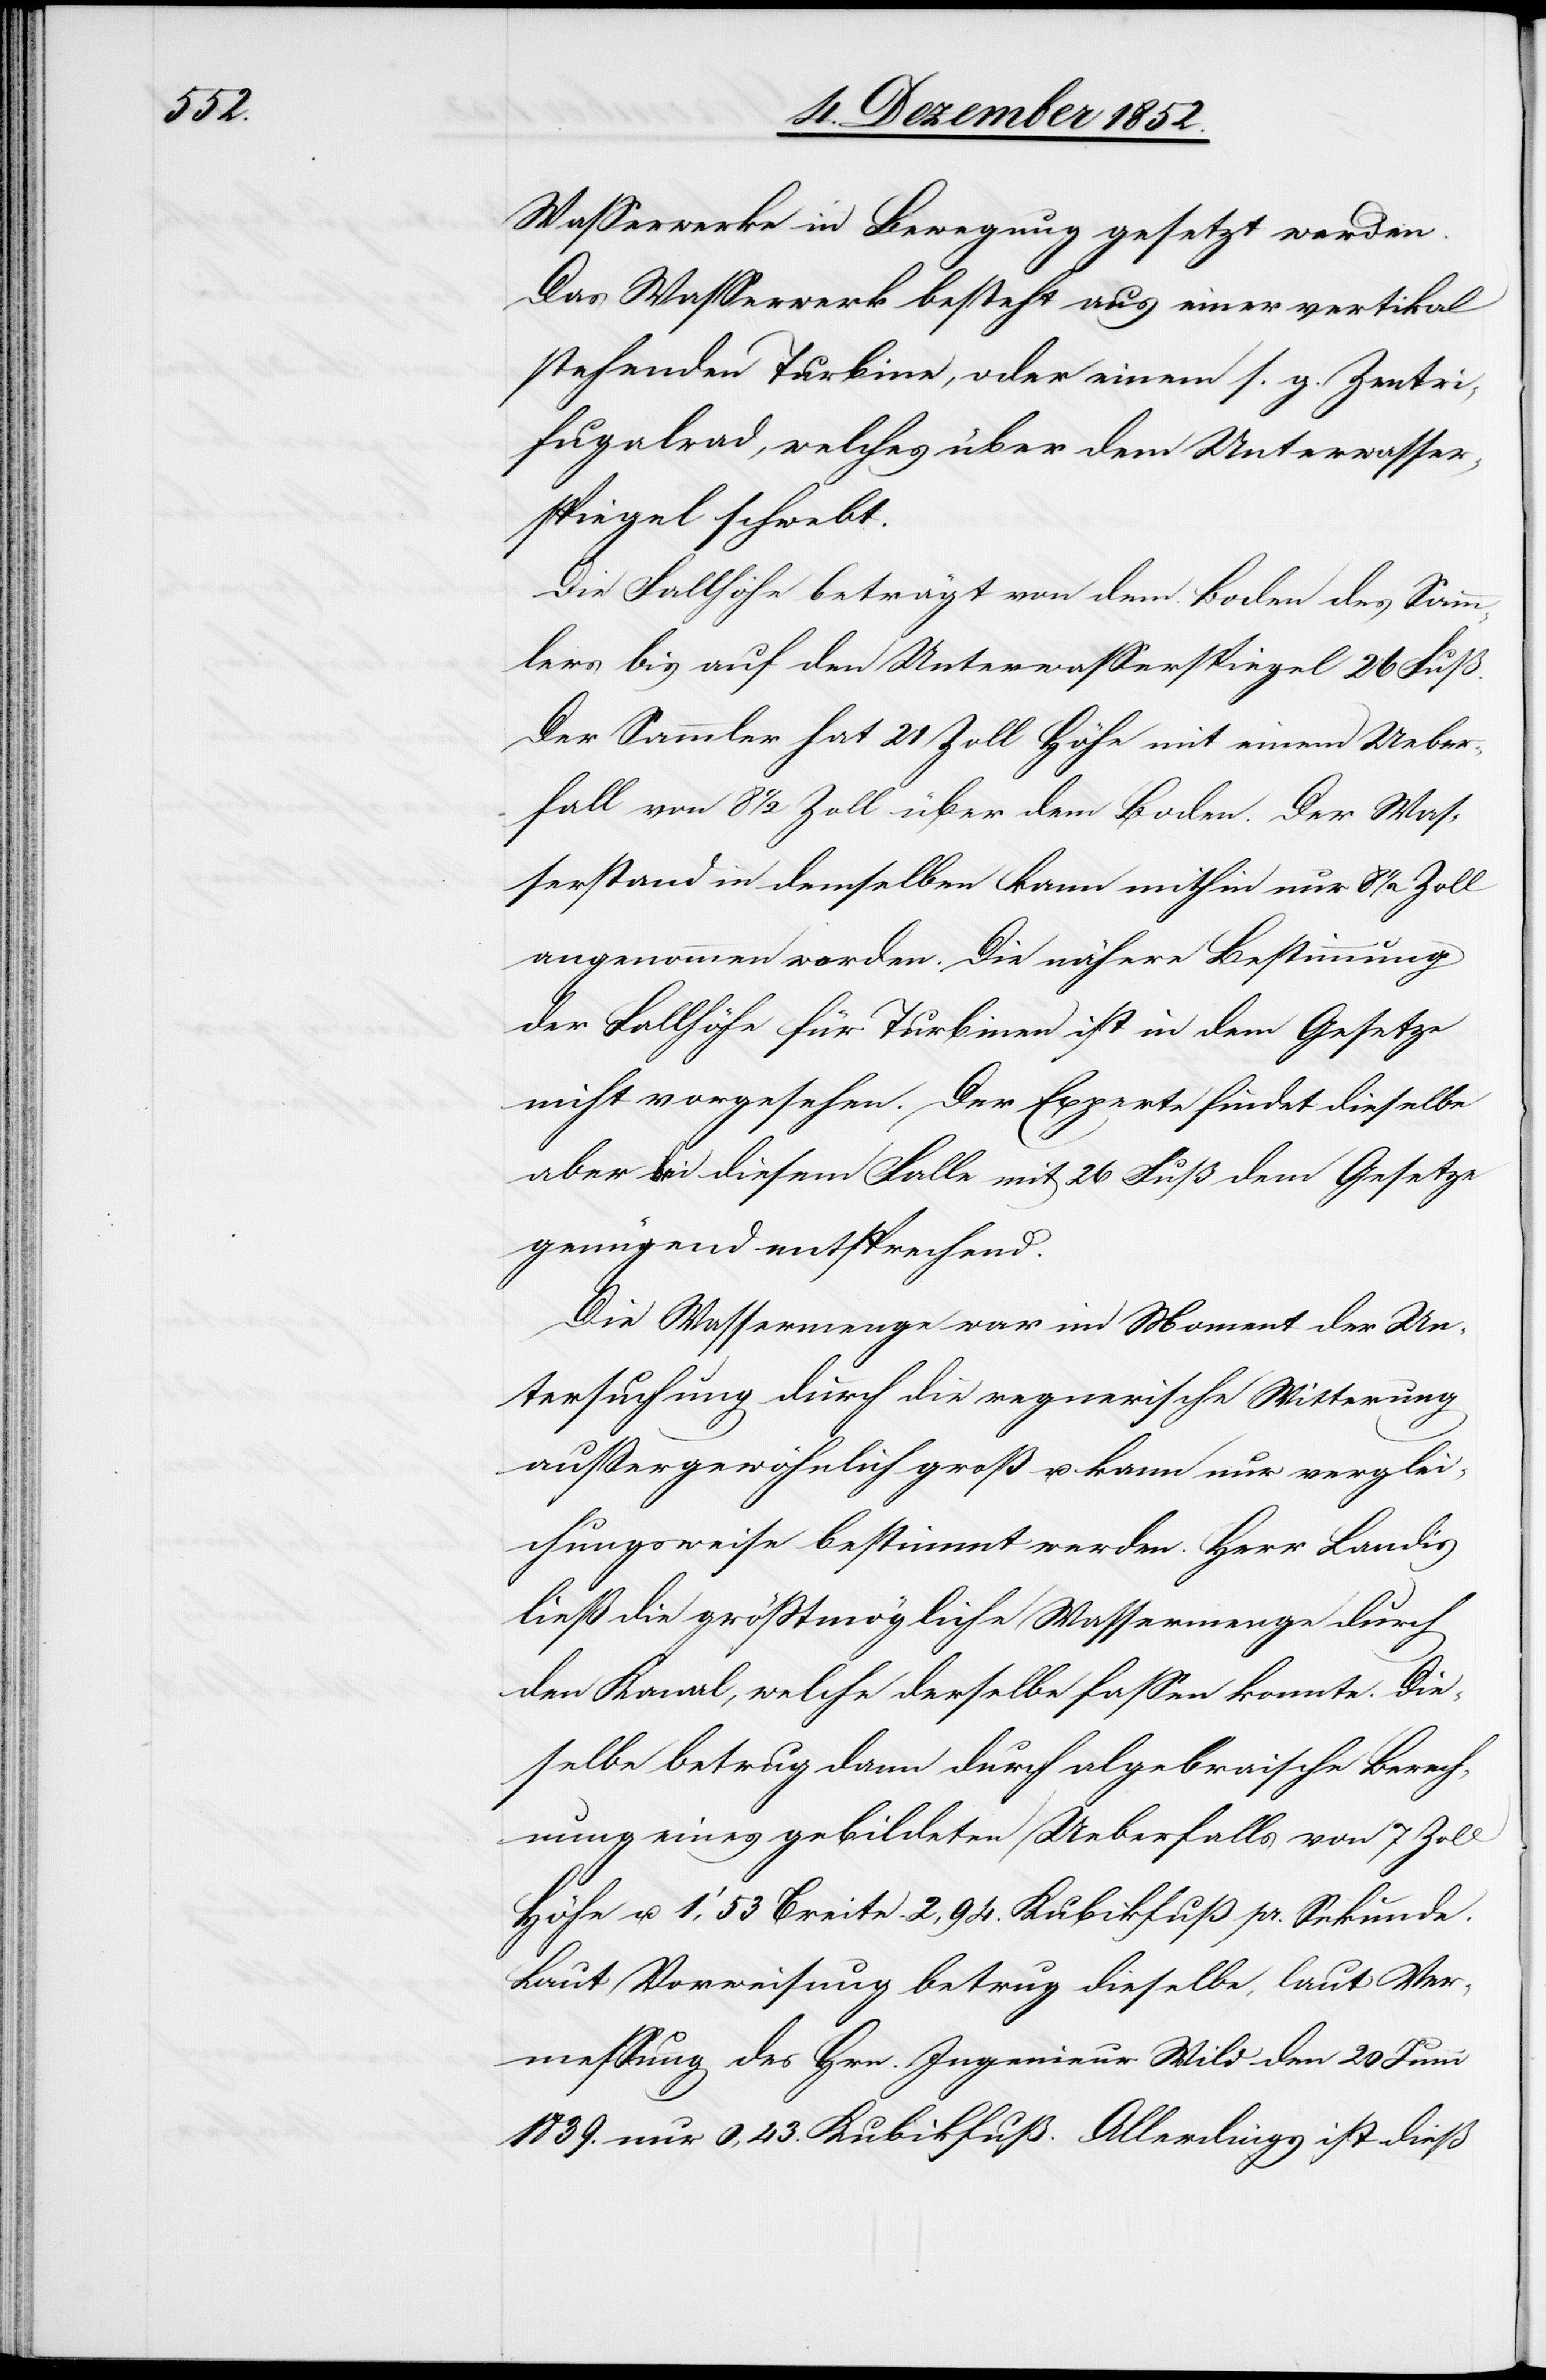
Wasserwerke in Bewegung gesetzt werden.
Das Wasserwerk besteht aus einer vertikal
stehenden Turbine, oder einem s. g. Zentri¬
fugalrad, welches über dem Unterwasser¬
spiegel schwebt.
Die Fallhöhe beträgt von dem Boden des Samm¬
lers bis auf den Unterwasserspiegel 26 Fuß.
Der Sammler hat 21 Zoll Höhe mit einem Ueber¬
fall von 8 1/2 Zoll über dem Boden. Der Was¬
serstand in demselben kann mithin nur 8 1/2 Zoll
angenommen werden. Die nähere Bestimmung
der Fallhöhe für Turbinen ist in dem Gesetze
nicht vorgesehen. Der Experte findet dieselbe
aber bei diesem Falle mit 26 Fuß dem Gesetze
genügend entsprechend.
Die Wassermenge war im Moment der Un¬
tersuchung durch die regnerische Witterung
außergewöhnlich groß u. kann nur verglei¬
chungsweise bestimmt werden. Herr Landis
ließ die größtmögliche Wassermenge durch
den Kanal, welche derselbe fassen konnte. Die¬
selbe betrug dann durch algebraische Berech¬
nung eines gebildeten Ueberfalls von 7 Zoll
Höhe u. 1‘,53 Breite 2,94. Kubikfuß pr. Sekunde.
Laut Vorweisung betrug dieselbe, laut Ver¬
messung des Hrn. Ingenieur Wild den 20 Juni
1839. nur 0,43. Kubikfuß. Allerdings ist dieß